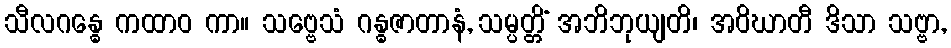
သီလဂန္ဓေ ကထာဝ ကာ။ သဗ္ဗေသံ ဂန္ဓဇာတာနံ, သမ္ပတ္တိံ အဘိဘုယျတိ၊ အဝိဃာတီ ဒိသာ သဗ္ဗာ,